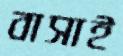
বাসাই